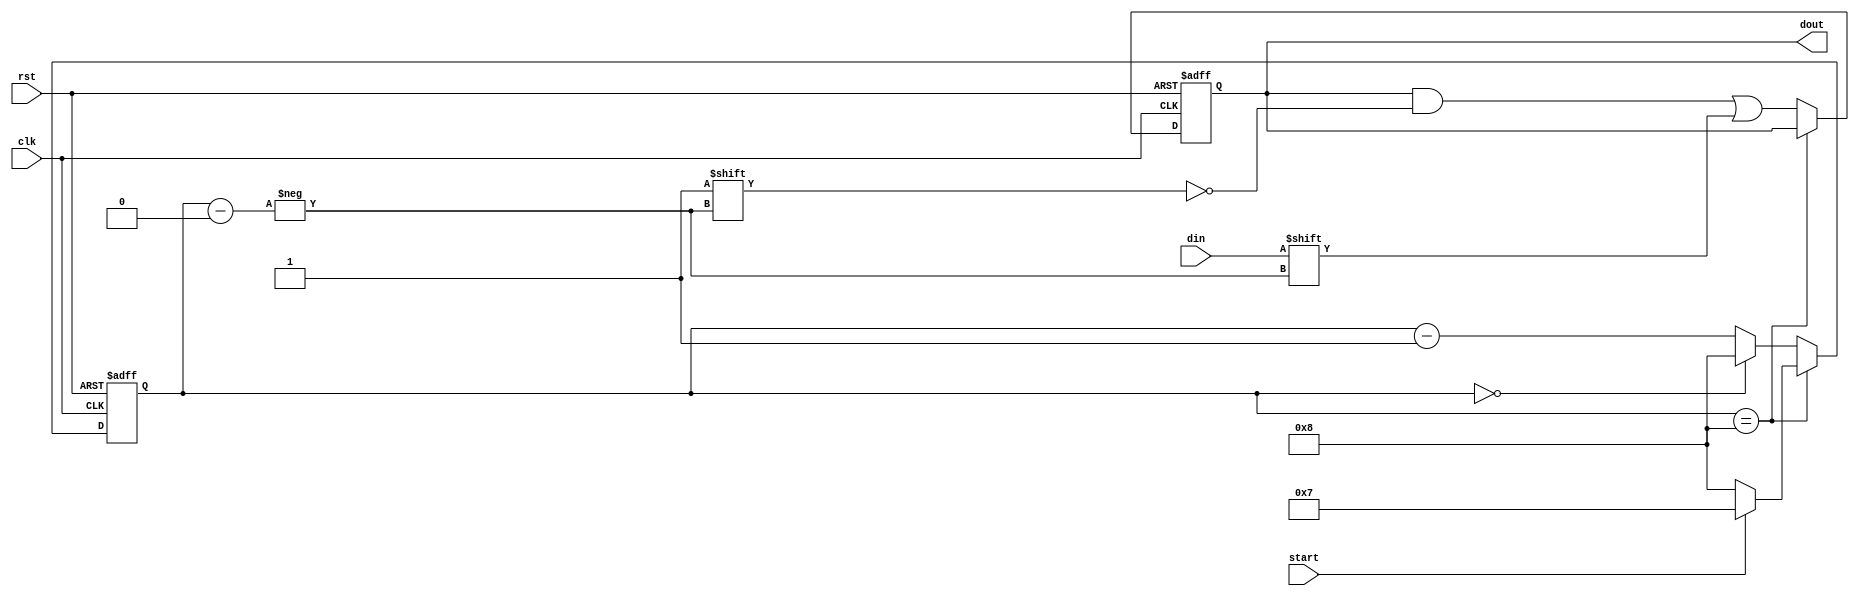
module sipo (clk,rst,start,din,dout);
input clk,rst,start;
input din;
output [7:0] dout;
reg [3:0]  cnt;
reg [7:0] dout;

always @ (posedge clk or posedge rst)
begin
  if (rst) cnt<=8;
  else 
  if (cnt==8)
    begin
	  cnt<= start ? 7:8;
	  end
	  
   else 
     begin
	 if (cnt==0) cnt<=8;
	 else    cnt<=cnt-1;
	 end
	end

always @ (posedge clk or posedge rst)
begin 
  if (rst) dout<=8'bxxxxxxxx;
  else if (cnt==8) dout<=dout;
  else
  `ifdef VER1
  case (cnt)
   7: dout={din,dout[6:0]};
   6: dout={dout[7],din,dout[5:0]};
   5: dout={dout[7:6],din,dout[4:0]};
   4: dout={dout[7:5],din,dout[3:0]};
   3: dout={dout[7:4],din,dout[2:0]};
   2: dout={dout[7:3],din,dout[1:0]};
   1: dout={dout[7:2],din,dout[0]};
   0: dout={dout[7:1],din};
  
   endcase
   `endif
   dout[cnt]<= din;
  
 end
 endmodule